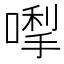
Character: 𭊓